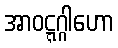
အာဝဋ္ဋဂ္ဂါဟော